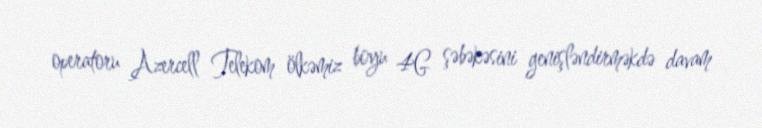
operatoru Azercell Telekom ölkəmiz boyu 4G şəbəkəsini genişləndirməkdə davam